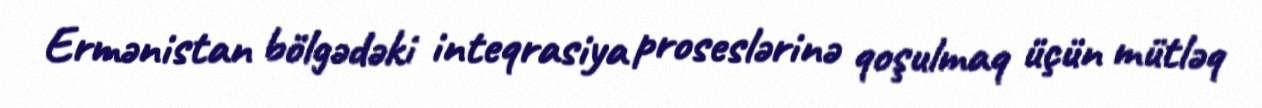
Ermənistan bölgədəki inteqrasiya proseslərinə qoşulmaq üçün mütləq